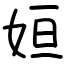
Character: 姮